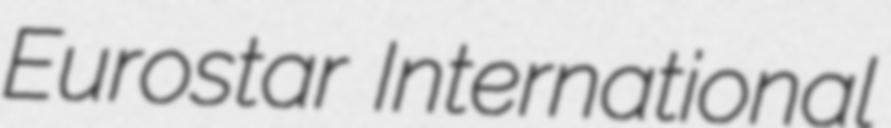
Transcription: Eurostar International